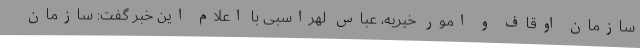
سازمان اوقاف و امور خیریه، عباس لهراسبی با اعلام این خبر گفت: سازمان